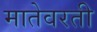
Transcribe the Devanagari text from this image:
मातेवरती